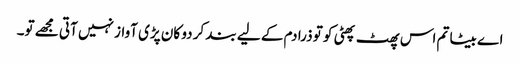
اے بیٹا تم اس پھٹ پھٹی کو تو ذرا دم کے لیے بند کر دو کان پڑی آواز نہیں آتی مجھے تو۔